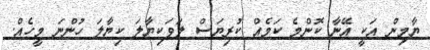
ޔާމިން އަކީ އޭނާ ކޮންމެ ކަމެއް ކުރިޔަސް ލަވަކިޔާލަ ކިޔާލަ ހުންނަ މީހެއް.